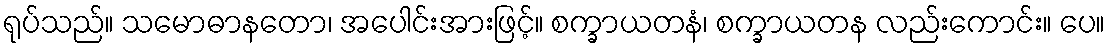
ရုပ်သည်။ သမောဓာနတော၊ အပေါင်းအားဖြင့်။ စက္ခာယတနံ၊ စက္ခာယတန လည်းကောင်း။ ပေ။